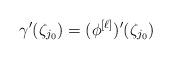
LaTeX: \begin{align*} \gamma'(\zeta_{j_0}) = (\phi^{[\ell]})'(\zeta_{j_0}) \end{align*}